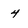
Character: 4